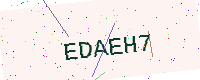
Text: EDAEH7